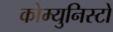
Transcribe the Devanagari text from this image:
कोम्युनिस्टों